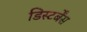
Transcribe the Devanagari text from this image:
डिस्टर्बेंस